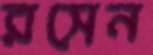
রসেন